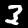
Digit: 3